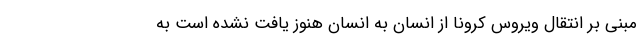
مبنی بر انتقال ویروس کرونا از انسان به انسان هنوز یافت نشده است به